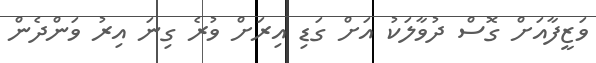
ވަޒީފާއަށް ގޮސް ދުވާލަކު އަށް ގަޑި އިރަށް ވުރެ ގިނަ އިރު ވަންދެން